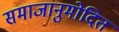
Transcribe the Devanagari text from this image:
समाजानुमोदित